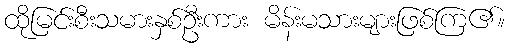
ထိုမြင်းစီးသမားနှစ်ဦးကား မိန်းမသားများဖြစ်ကြ၏။